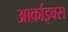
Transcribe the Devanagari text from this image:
आर्काइवस